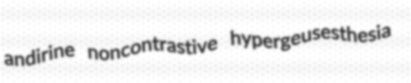
andirine noncontrastive hypergeusesthesia